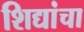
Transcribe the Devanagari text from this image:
शिद्यांचा